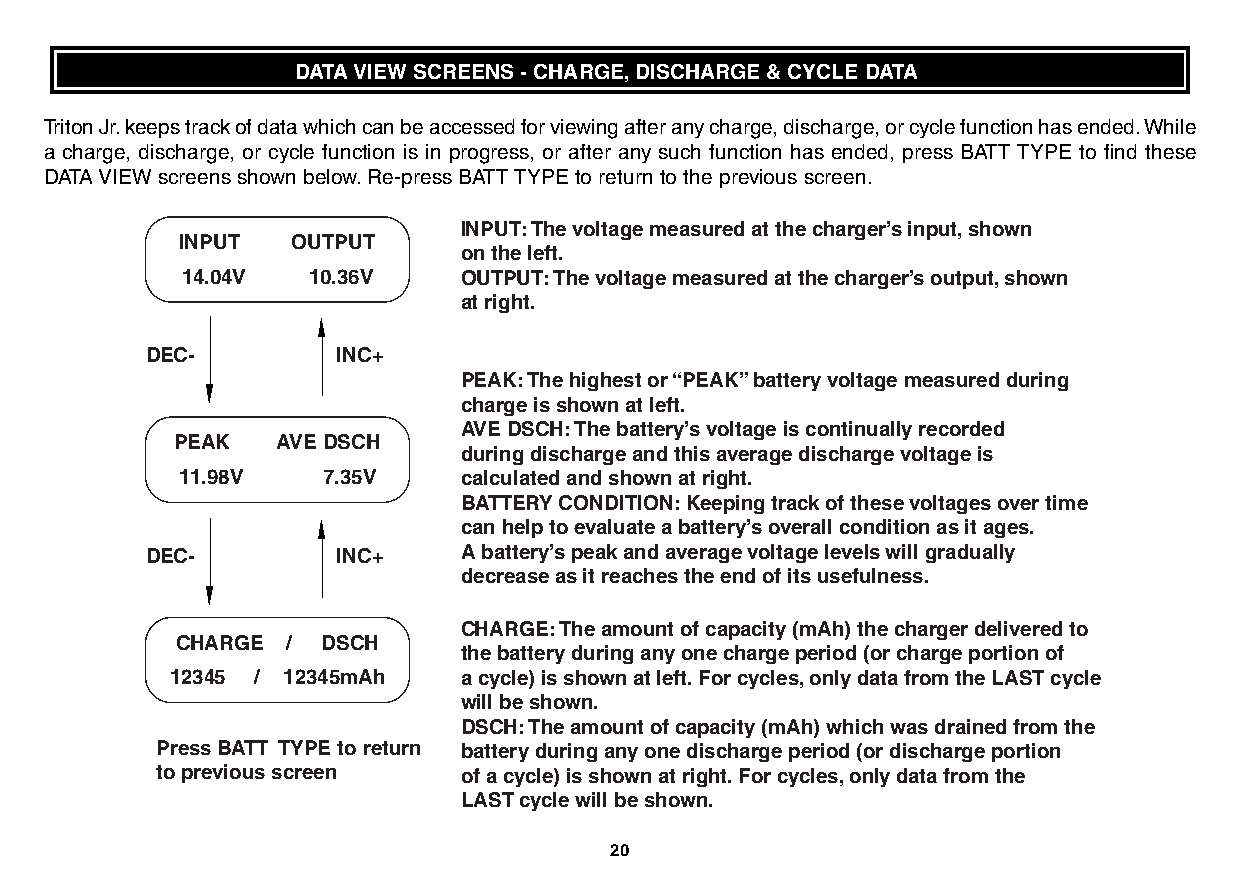
DATA VIEW SCREENS - CHARGE,DISCHARGE & CYCLE DATA
 Triton Jr.keeps track of data which can be accessed for viewing after any charge, discharge, or cycle function has ended.While
 a charge, discharge, or cycle function is in progress, or after any such function has ended, press BATT TYPE to find these
 DATA VIEW screens shown below.Re-press BATT TYPE to return to the previous screen.
 INPUT: The voltage measured at the charger’s input, shown
 INPUT  OUTPUT
 on the left.
 14.04V  10.36V    OUTPUT: The voltage measured at the charger’s output, shown
 at right.
 DEC-        INC+
 PEAK: The highest or “PEAK” battery voltage measured during
 charge is shown at left.
 AVE DSCH: The battery’s voltage is continually recorded
 PEAK  AVE DSCH
 during discharge and this average discharge voltage is
 11.98V   7.35V    calculated and shown at right.
 BATTERY CONDITION: Keeping track of these voltages over time
 can help to evaluate a battery’s overall condition as it ages.
 DEC-        INC+    A battery’s peak and average voltage levels will gradually
 decrease as it reaches the end of its usefulness.
 CHARGE: The amount of capacity (mAh) the charger delivered to
 CHARGE / DSCH
 the battery during any one charge period (or charge portion of
 12345 / 12345mAh   a cycle) is shown at left. For cycles, only data from the LAST cycle
 will be shown.
 DSCH: The amount of capacity (mAh) which was drained from the
 Press BATT TYPE to return battery during any one discharge period (or discharge portion
 to previous screen  of a cycle) is shown at right. For cycles, only data from the
 LAST cycle will be shown.
 20